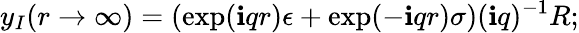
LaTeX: y_{I}(r\to\infty)=\left(\exp(\mathbf{i}qr)\epsilon+\exp(-\mathbf{i}qr)\sigma\right)(\mathbf{i}q)^{-1}R;